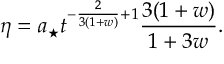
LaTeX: \eta = a _ { \star } t ^ { - \frac { 2 } { 3 ( 1 + w ) } + 1 } \frac { 3 ( 1 + w ) } { 1 + 3 w } .